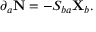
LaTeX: \partial _ { a } \mathbf { N } = - S _ { b a } \mathbf { X } _ { b } .